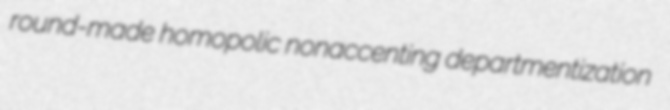
round-made homopolic nonaccenting departmentization